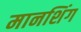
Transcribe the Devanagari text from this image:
मानशिंग